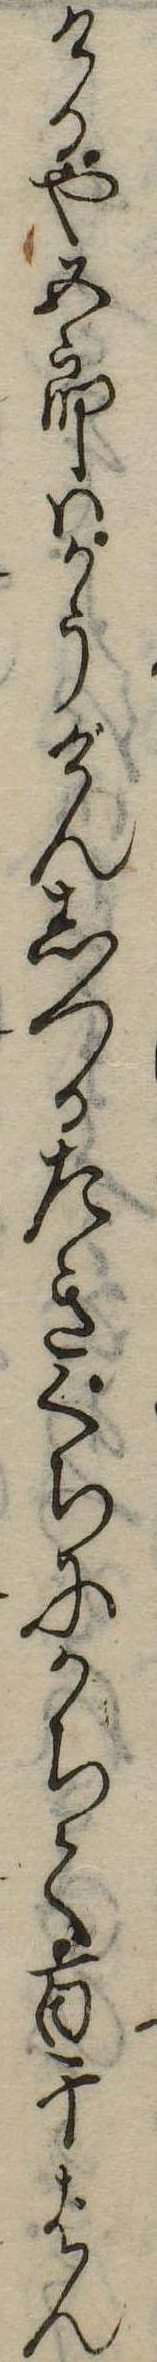
けるや五郎はかうげんしつるたきぐちにかちて百千ばん